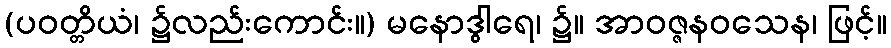
(ပဝတ္တိယံ၊ ၌လည်းကောင်း။) မနောဒွါရေ၊ ၌။ အာဝဇ္ဇနဝသေန၊ ဖြင့်။